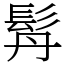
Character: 𩬅